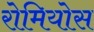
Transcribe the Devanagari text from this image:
रोमियोस